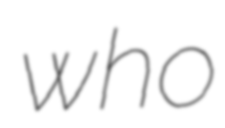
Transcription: who